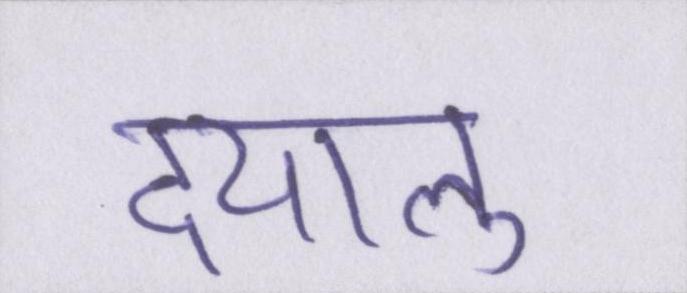
दयालु